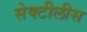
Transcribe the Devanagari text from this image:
सेक्टीलीस